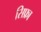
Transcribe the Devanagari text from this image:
सिफ्रा